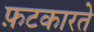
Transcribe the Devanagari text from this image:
फ़टकारते